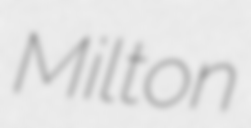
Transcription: Milton